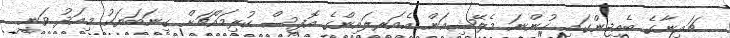
ޗައިނާގެ ބެއިޖިންގައި ހުންނަ މެލޭޝިއަން އެއަރލައިންގެ އޮފީސް ކުރިމައްޗަށް ގިނަބަޔަކު މިއަދު ވަނީ